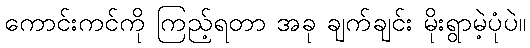
ကောင်းကင်ကို ကြည့်ရတာ အခု ချက်ချင်း မိုးရွာမဲ့ပုံပဲ။